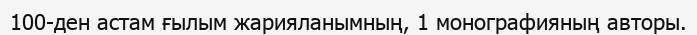
100-ден астам ғылым жарияланымның, 1 монографияның авторы.